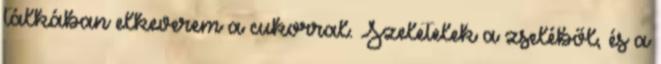
tálkában elkeverem a cukorral. Szeletelek a zseléből, és a